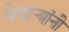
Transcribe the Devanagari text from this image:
येणार्‍यांनी